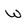
Character: w